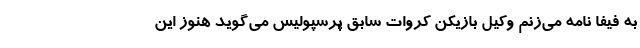
به فیفا نامه می‌زنم وکیل بازیکن کروات سابق پرسپولیس می‌گوید هنوز این